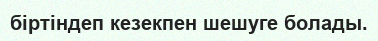
біртіндеп кезекпен шешуге болады.